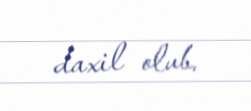
daxil olub.